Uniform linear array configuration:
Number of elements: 64
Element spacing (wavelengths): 0.75
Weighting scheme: uniform
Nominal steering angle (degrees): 15
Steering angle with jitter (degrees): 16.22
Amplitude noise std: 0.05
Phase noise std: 0.05

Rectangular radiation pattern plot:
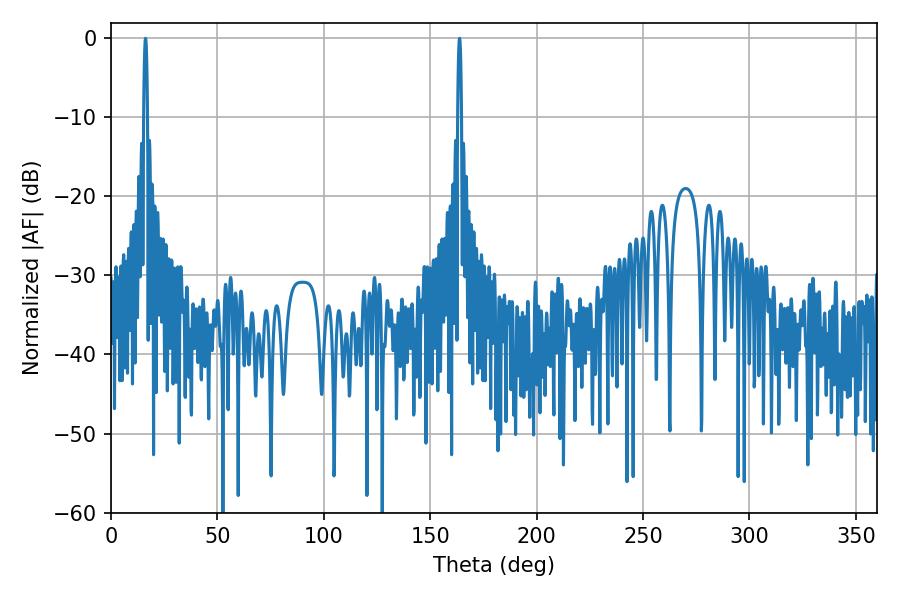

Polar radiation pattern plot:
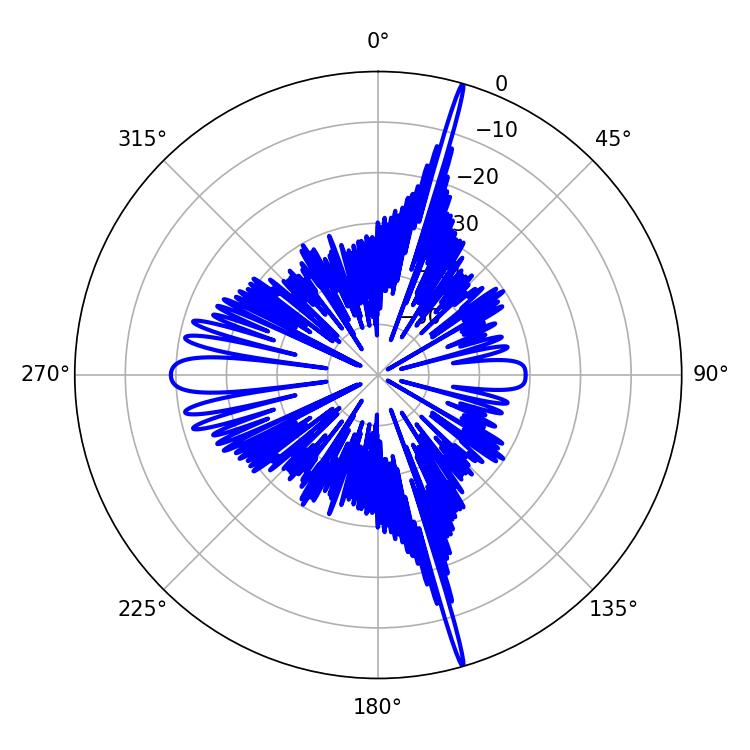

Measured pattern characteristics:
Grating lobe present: TRUE
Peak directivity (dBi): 23.719
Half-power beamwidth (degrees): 0.9
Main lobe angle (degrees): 16.2